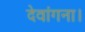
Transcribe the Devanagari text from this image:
देवांगना।